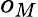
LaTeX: o_{M}